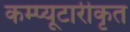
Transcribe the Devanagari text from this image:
कम्प्यूटारीकृत